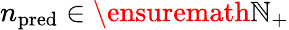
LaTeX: n_{\mathrm{pred}}\in\ensuremath{\mathbb{N}}_{+}